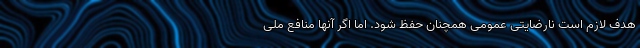
هدف لازم است نارضایتی عمومی همچنان حفظ شود. اما اگر آنها منافع ملی